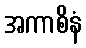
အကာစိနံ